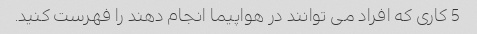
5 کاری که افراد می توانند در هواپیما انجام دهند را فهرست کنید.